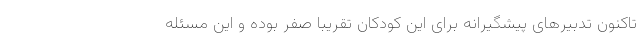
تاکنون تدبیرهای پیشگیرانه برای این کودکان تقریبا صفر بوده و این مسئله